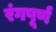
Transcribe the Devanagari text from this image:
रंगपूर्ण